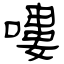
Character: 嘍